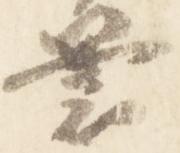
裹